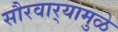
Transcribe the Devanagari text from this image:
सौरवार्‍यामुळे